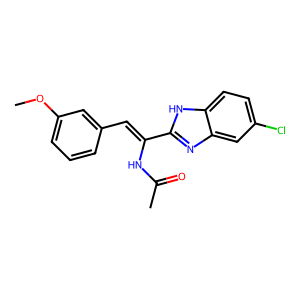
SMILES: COc1cccc(C=C(NC(C)=O)c2nc3cc(Cl)ccc3[nH]2)c1
Inhibits HIV replication: No